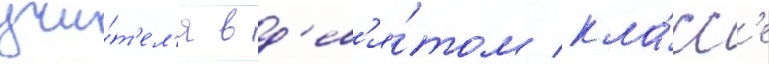
учи́т'ел'я в д'ев'я́том кла́сс'е